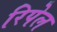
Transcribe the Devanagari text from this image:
रिपेल